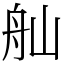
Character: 舢